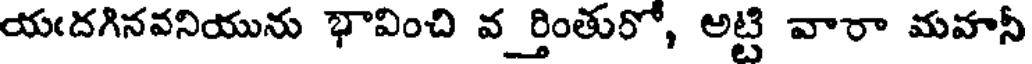
యఁదగినవనియును భావించి వ_ర్తింతురో, అట్టి వారా మవానీ